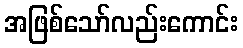
အဖြစ်သော်လည်းကောင်း